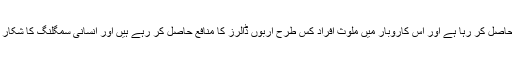
انسانی سمگلنگ جیسا مکروہ دھندا کیونکر فروغ حاصل کر رہا ہے اور اس کاروبار میں ملوث افراد کس طرح اربوں ڈالرز کا منافع حاصل کر رہے ہیں اور انسانی سمگلنگ کا شکار افراد کے حوالے سے بین الاقوامی قوانین کیاہیں ؟